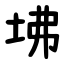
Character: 坲